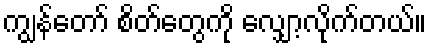
ကျွန်တော် စိတ်တွေကို လျှော့လိုက်တယ်။